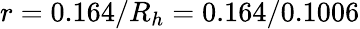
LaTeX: r=0.164/R_{h}=0.164/0.1006